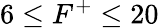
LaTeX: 6\leq F^{+}\leq 20